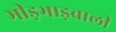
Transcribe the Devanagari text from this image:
भीड़भाड़वाली